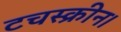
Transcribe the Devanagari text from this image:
टचस्क्रीन।